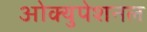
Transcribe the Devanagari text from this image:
ओक्युपेशनल